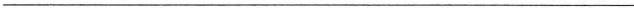
___